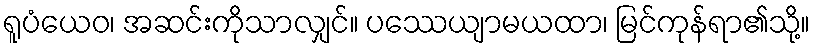
ရူပံယေဝ၊ အဆင်းကိုသာလျှင်။ ပဿေယျာမယထာ၊ မြင်ကုန်ရာ၏သို့။